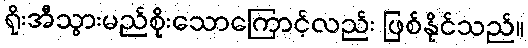
ရိုးအီသွားမည်စိုးသောကြောင့်လည်း ဖြစ်နိုင်သည်။